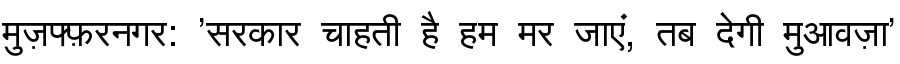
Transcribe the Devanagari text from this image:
मुज़फ्फ़रनगर: 'सरकार चाहती है हम मर जाएं, तब देगी मुआवज़ा'